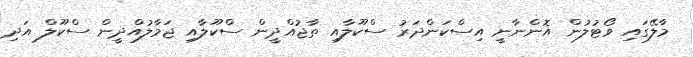
މާލޭގައި ވޯޓުލުން އޮންނާނީ އިސްކަންދަރު ސްކޫލާއި ތާޖުއްދީން ސްކޫލާއި ޖަމާލުއްދީން ސްކޫލް އަދި